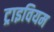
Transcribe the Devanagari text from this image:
ट्राइवियम